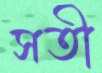
সতী